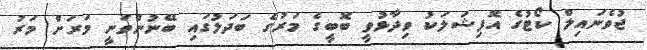
ޖުވެނައިލް ކޯޓުގެ އޮފިޝަލަކު ވިދާޅުވީ ބޮބީގެ މަރުގެ ބަދަލުގައި ބޭނުންވަނީ މަރަށް މަރު